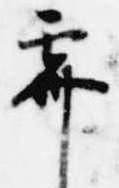
霽